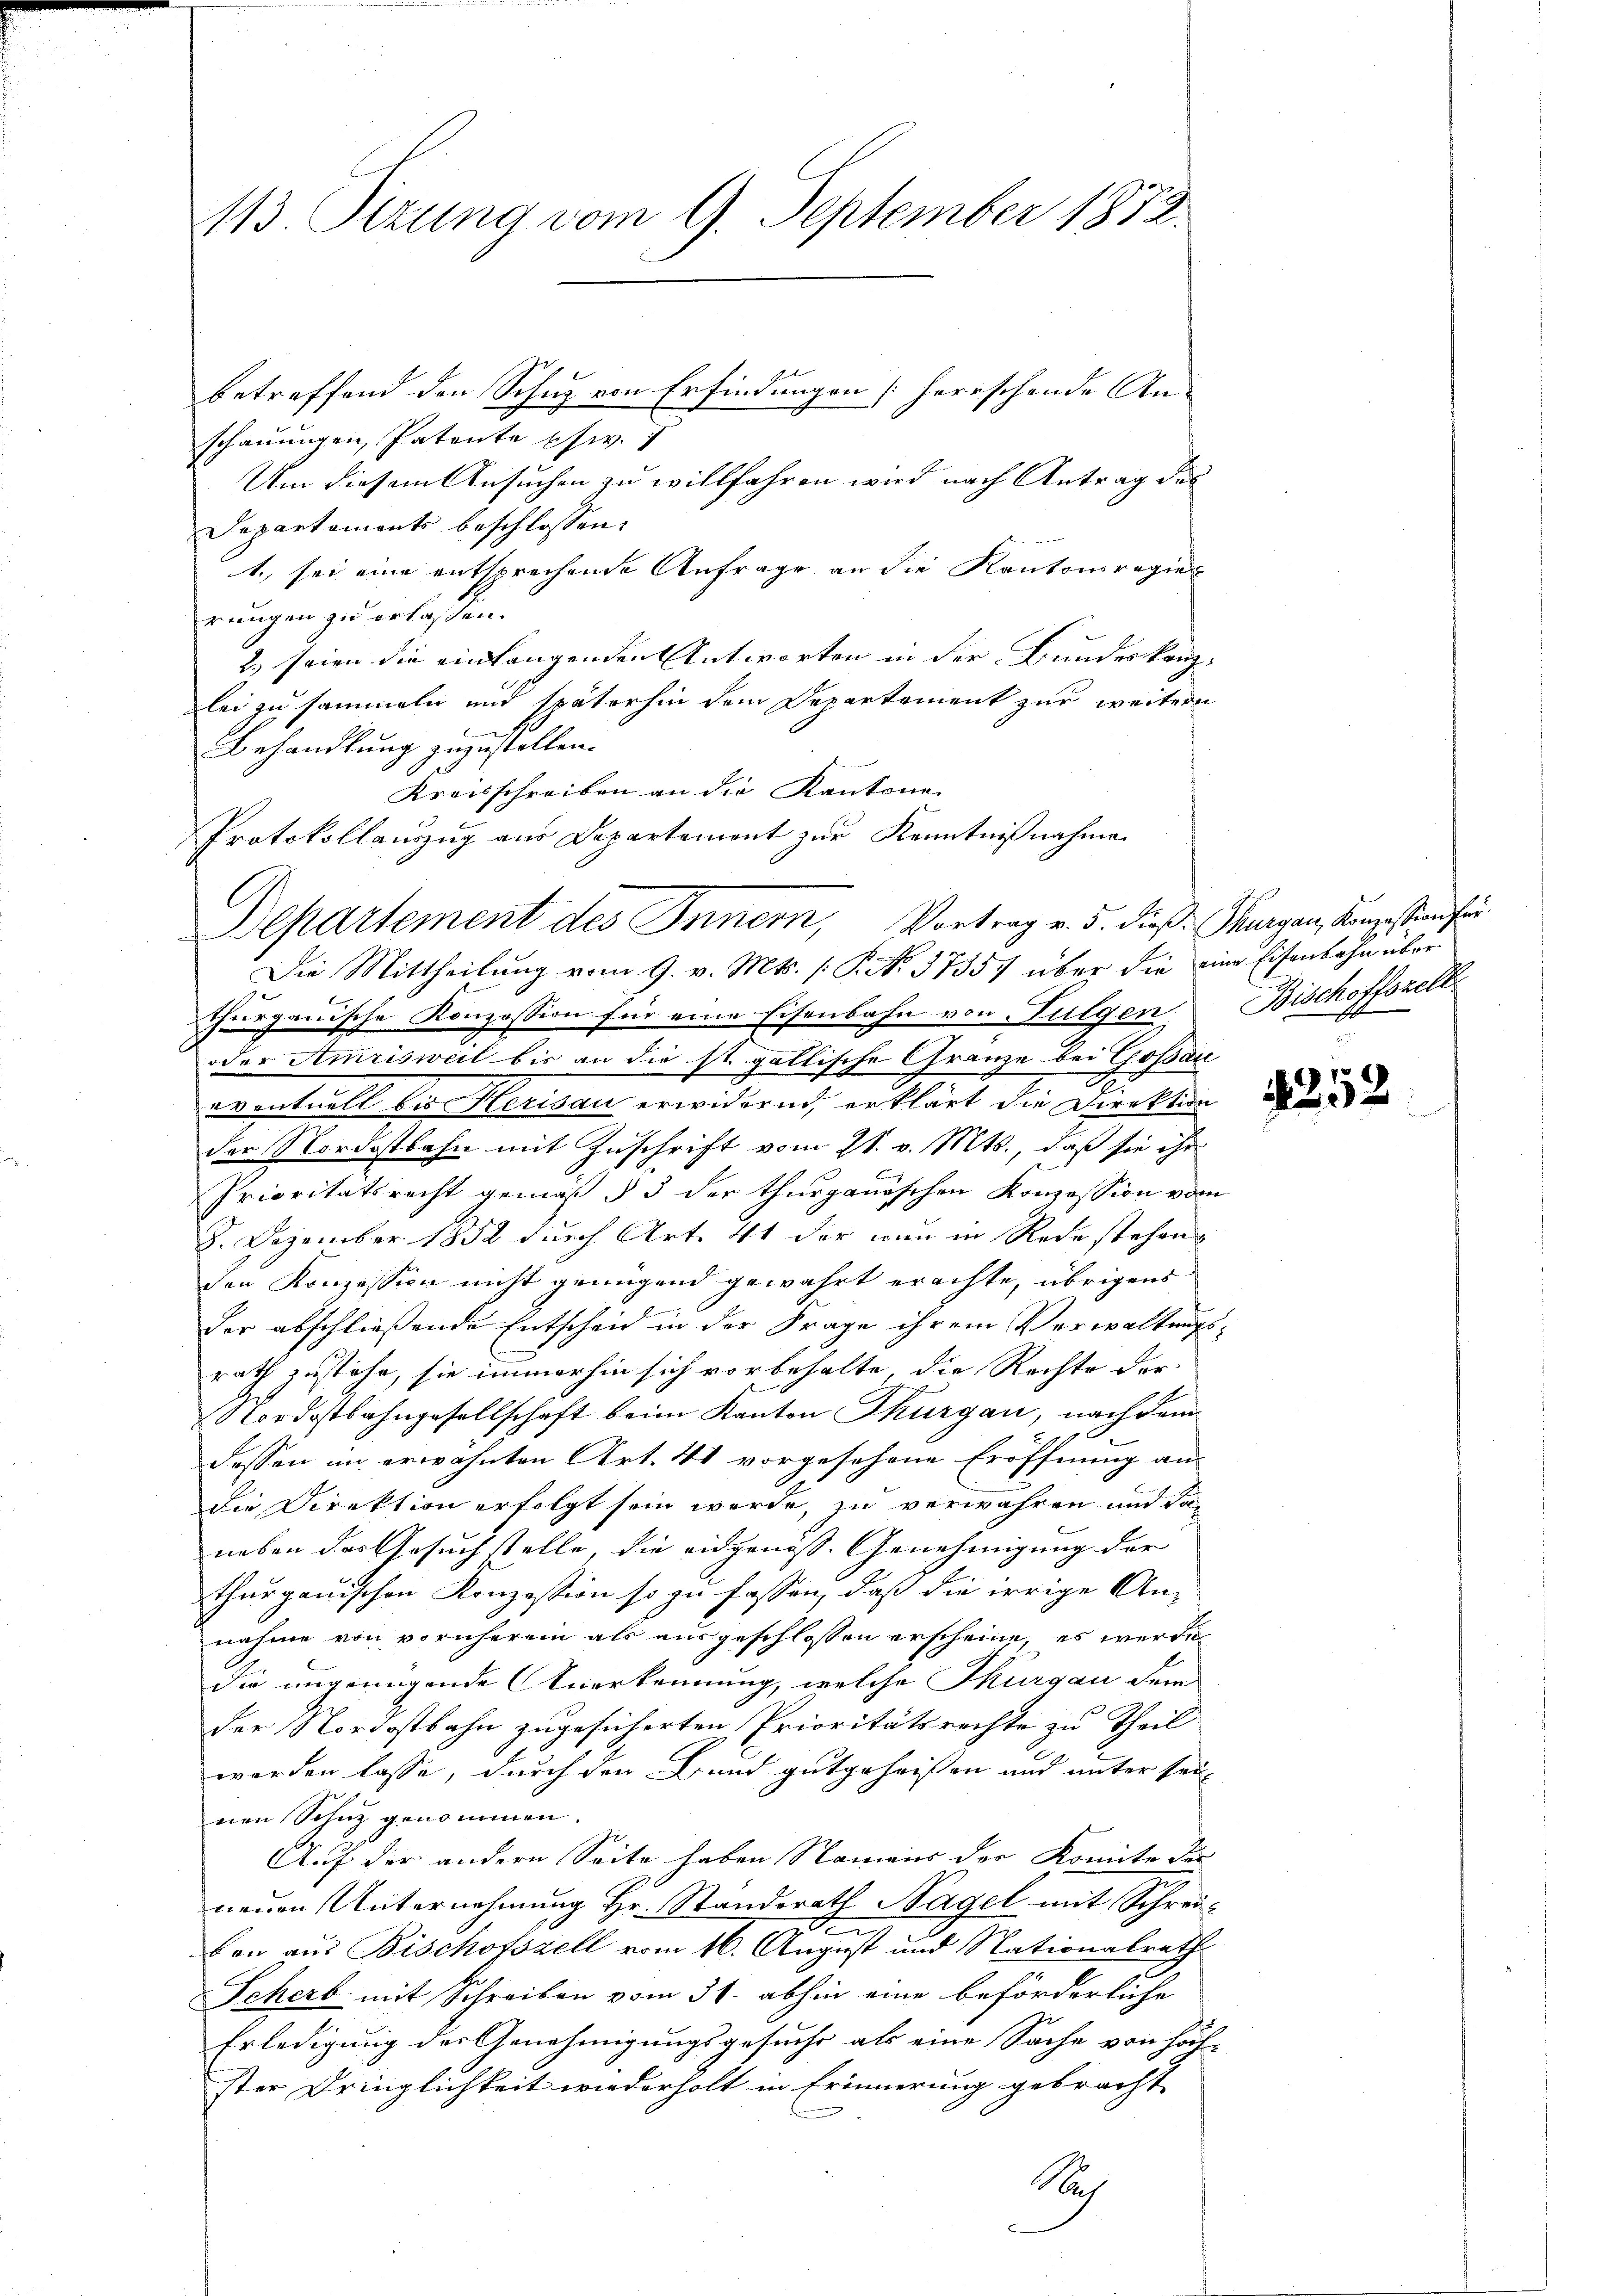
113. Situng vom 9. September 1873.

betreffend den Schuz von Erfindungen herrschende Anschauungen Patente phw.
Um diesem Ansuchen zu willfahren wird nach Antrag des
Departaments beschlossen:
t, sei eine entsprechende Anfrage an die Kantonsregier
rungen zu erlassen.
2. Frien die einlangenden Antworten in der Bundeskanzlei zu sammeln und späterhin dem Departement zur weitern
Behandlung zuzustellen.
Kreisschreiben an die Kantone
Die Mittheilung vom 9. v. Mts. (T. N. 3735) über die eine Eisenbahn überthurgauische Konzession für eine Eisenbahn von Fulgen Bischoffszell
oder Amrisweil bis an die st. gallische Gränze bei Gossau
eventuell die Herisau erwidernd, erklärt die Direktion
der Nordostbahn mit Zuschrift vom 21. v. Mts., daß sie ihr
Prioritätsrecht gemäß § 3 der thurgauischen Konzession vom
8. Dezember 1852 durch Art. 41 der nun in Rede stehen
den Konzession nicht genügend gewährt erachte, übrigens
der abschließende Entscheid in der Frage ihrem Verwaltungsrath zustehe, sie immerhin sich vorbehalte, die Rechte der
Nordostbahngesellschaft beim Kanton Thurgau, nach dem
dassen im erwähnten Art. 41 vorgesehene Eröffnung an
die Direktion erfolgt sein werde, zu verwahren und dan
neben das Gesuch stelle, die eidgenöss. Genehmigung der
thurgauischen Konzession so zu fassen, daß die irrige Annahme von vornherein als ausgeschlossen erscheine, es werde
die ungenügende Anerkennung, welche Thurgau dem
der Nordostbahn zugesicherten Prioritätsrechte zu Theil
worden lasse, durch den Bund gutgeheißen und unter sei,
nen Schutz genommen.
Auf der andern Seite haben Namens der Komite der
neuen Unternehmung Hr. Standerath Nagel mit Schreivon aus Bischofszell vom 16. August und Nationalrath
Scherb mit Schreiben vom 31. abhin eine beförderliche
Erledigung der Genehmigungsgesuche als eine Sache von höch-
ster Dringlichkeit wiederholt in Erinnerung gebracht
Sich

Protokollauszug aus Departement zur Kenntnißnahme
Departement des Innern, Vortrag v. 5. dieß: Thurgau, Kanzestand für

252.